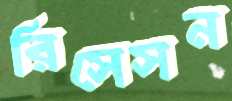
রিসেসন